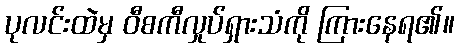
ပုလင်းထဲမှ ဝီစကီလှုပ်ရှားသံကို ကြားနေရ၏။